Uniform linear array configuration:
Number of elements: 64
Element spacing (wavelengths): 0.5
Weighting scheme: blackman
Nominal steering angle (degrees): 30
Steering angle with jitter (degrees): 29.557
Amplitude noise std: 0.05
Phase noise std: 0.05

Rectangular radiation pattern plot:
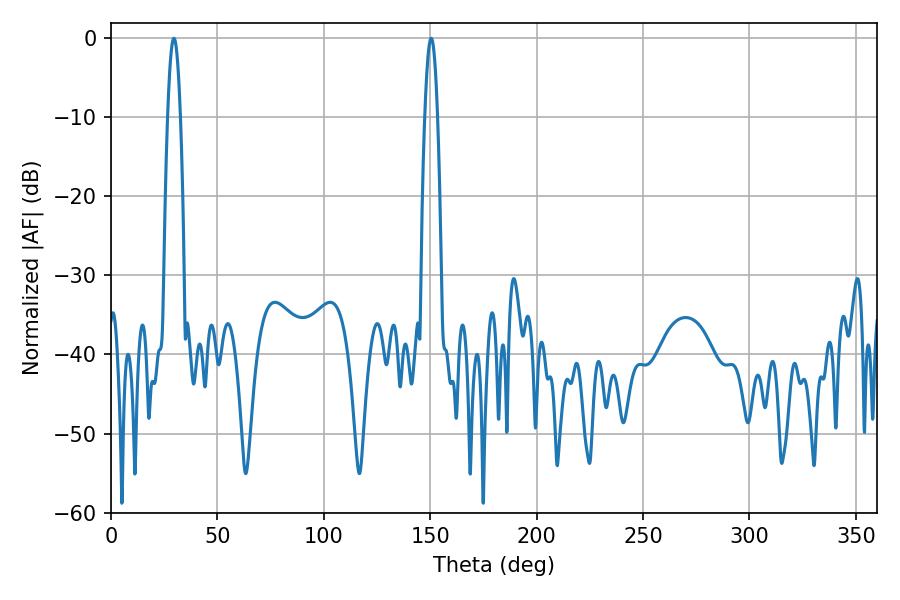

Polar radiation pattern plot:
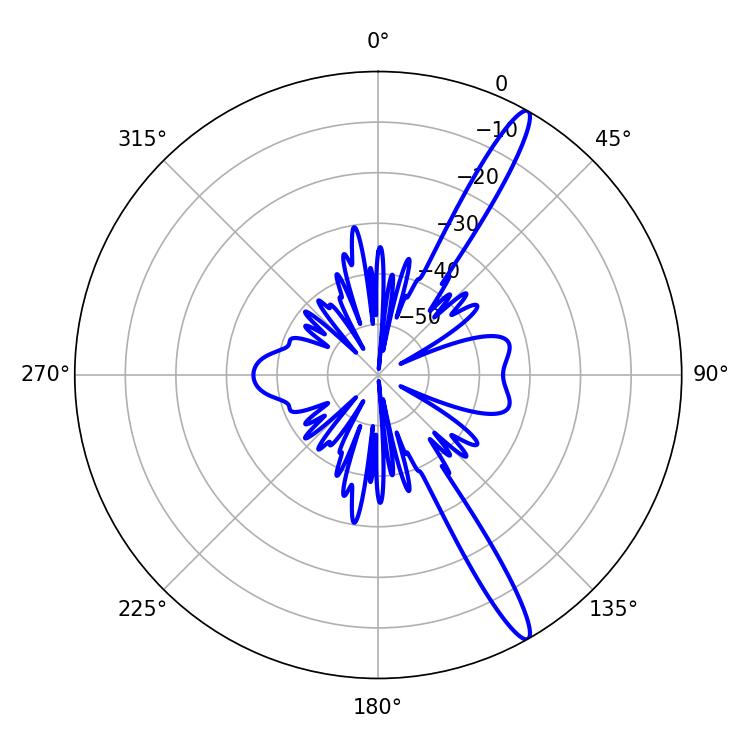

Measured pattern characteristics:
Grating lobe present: FALSE
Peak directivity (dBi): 15.083
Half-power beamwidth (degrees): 3.24
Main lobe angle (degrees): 150.48